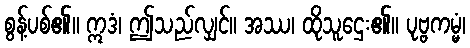
စွန့်ပစ်၏။ ဣဒံ၊ ဤသည်လျှင်။ အဿ၊ ထိုသူဌေး၏။ ပုဗ္ဗကမ္မံ၊